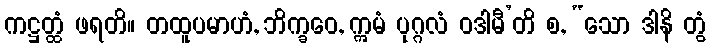
ကဋ္ဌတ္ထံ ဖရတိ။ တထူပမာဟံ, ဘိက္ခဝေ, ဣမံ ပုဂ္ဂလံ ဝဒါမီ’တိ စ, “သော ဒါနိ တွံ